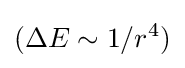
(\Delta E\sim 1/r^{4})